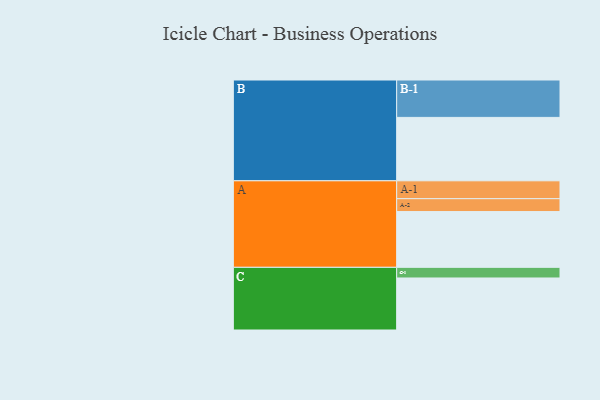
{"axis": {"x": "Segment", "y": "Value"}, "legend": ["", "A", "B", "C"], "data": [{"x": "A", "y": 446, "type": ""}, {"x": "B", "y": 507, "type": ""}, {"x": "C", "y": 416, "type": ""}, {"x": "A-1", "y": 143, "type": "A"}, {"x": "A-2", "y": 103, "type": "A"}, {"x": "B-1", "y": 299, "type": "B"}, {"x": "C-1", "y": 85, "type": "C"}]}